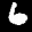
Label: 6